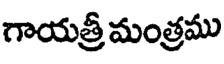
గాయత్రీ మంత్రము